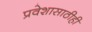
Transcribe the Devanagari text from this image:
प्रवेशासाठीही